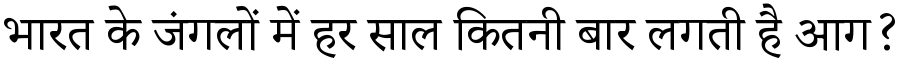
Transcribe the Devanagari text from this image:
भारत के जंगलों में हर साल कितनी बार लगती है आग?